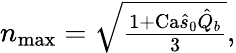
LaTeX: \begin{array}{r}{n_{\operatorname*{max}}=\sqrt{\frac{1+\textrm{Ca}\hat{s}_{0}\hat{Q}_{b}}{3}},}\end{array}